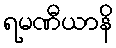
ရမဏီယာနိ